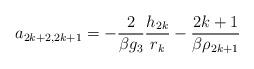
LaTeX: \begin{align*}a_{2k+2,2k+1} = -\frac{2}{\beta g_3} \frac{h_{2k}}{r_k}-\frac{2k+1}{\beta \rho _{2k+1}} \end{align*}